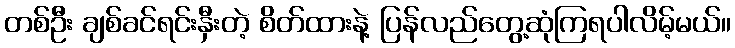
တစ်ဦး ချစ်ခင်ရင်းနှီးတဲ့ စိတ်ထားနဲ့ ပြန်လည်တွေ့ဆုံကြရပါလိမ့်မယ်။